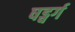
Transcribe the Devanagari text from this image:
षड्वर्ग